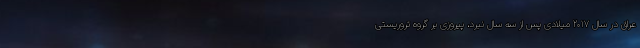
عراق در سال ۲۰۱۷ میلادی پس از سه سال نبرد، پیروزی بر گروه تروریستی